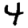
Digit: 4